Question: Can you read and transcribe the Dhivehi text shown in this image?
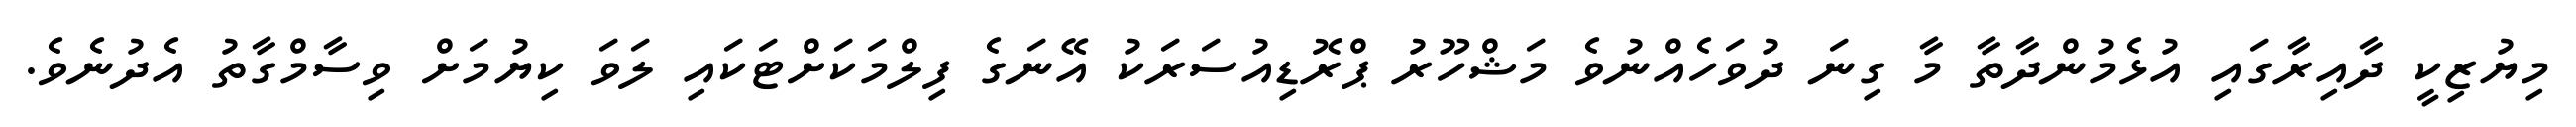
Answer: މިޔުޒިކީ ދާއިރާގައި އުޅެމުންދާތާ މާ ގިނަ ދުވަހެއްނުވެ މަޝްހޫރު ޕްރޮޑިއުސަރަކު އޭނަގެ ފިލްމަކަށްޓަކައި ލަވަ ކިޔުމަށް ވިސާމްގާތު އެދުނެވެ.